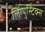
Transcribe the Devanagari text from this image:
लिंग्युस्टिक्स